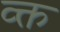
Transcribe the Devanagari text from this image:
व्क्त